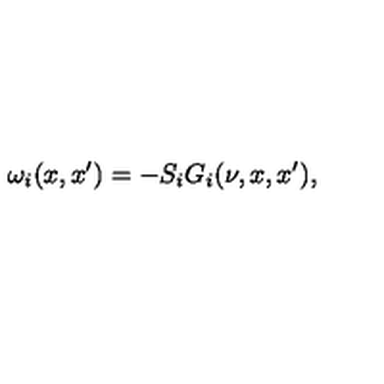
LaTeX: \omega _ { i } ( x , x ^ { \prime } ) = - S _ { i } G _ { i } ( \nu , x , x ^ { \prime } ) ,